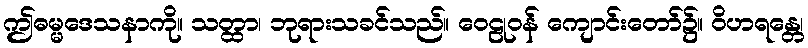
ဤဓမ္မဒေသနာကို။ သတ္ထာ၊ ဘုရားသခင်သည်။ ဝေဠုဝန် ကျောင်းတော်၌။ ဝိဟရန္တေ၊